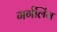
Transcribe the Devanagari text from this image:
गर्गलिंग